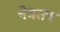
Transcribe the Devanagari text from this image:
नेत्रतंत्र